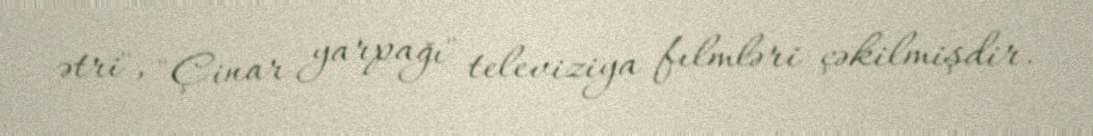
ətri", "Çinar yarpağı" televiziya fılmləri çəkilmişdir.